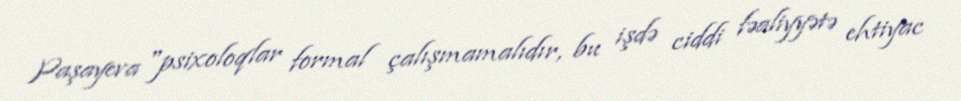
Paşayeva "psixoloqlar formal çalışmamalıdır, bu işdə ciddi fəaliyyətə ehtiyac